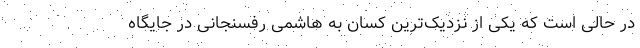
در حالی است که یکی از نزدیک‌ترین کسان به هاشمی رفسنجانی در جایگاه